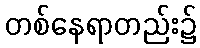
တစ်နေရာတည်း၌